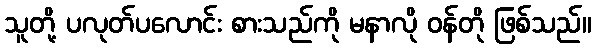
သူတို့ ပလုတ်ပလောင်း စားသည်ကို မနာလို ဝန်တို ဖြစ်သည်။